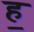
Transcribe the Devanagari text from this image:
ह॒